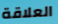
العلاقة